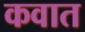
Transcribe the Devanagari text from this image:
कवात